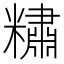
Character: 䊥